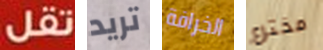
تقل تريد الخرافة مخترع